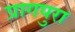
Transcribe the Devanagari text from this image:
प्रागपुरा